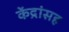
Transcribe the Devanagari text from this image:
केंद्रांसह